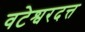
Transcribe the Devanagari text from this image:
वटेश्वरदत्त